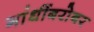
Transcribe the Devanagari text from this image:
गांधींबरोबर